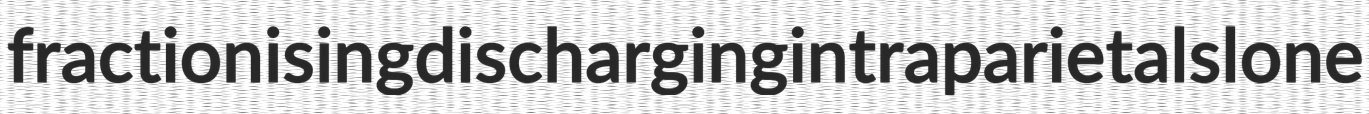
fractionising discharging intraparietal slone